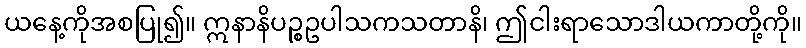
ယနေ့ကိုအစပြု၍။ ဣနာနိပဉ္စဥပါသကသတာနိ၊ ဤငါးရာသောဒါယကာတို့ကို။